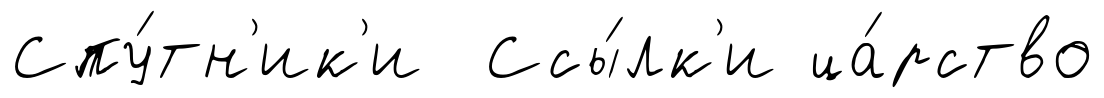
Спу́тн'ик'и Ссы́лк'и ца́рство